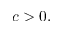
c > 0 .